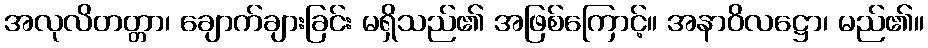
အလုလိတတ္တာ၊ ချောက်ချားခြင်း မရှိသည်၏ အဖြစ်ကြောင့်။ အနာဝိလဋ္ဌော၊ မည်၏။